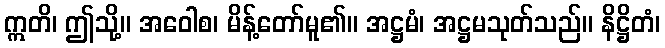
ဣတိ၊ ဤသို့။ အဝေါစ၊ မိန့်တော်မူ၏။ အဋ္ဌမံ၊ အဋ္ဌမသုတ်သည်။ နိဋ္ဌိတံ၊